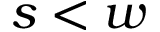
s < w